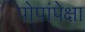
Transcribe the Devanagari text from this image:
पोपांपेक्षा